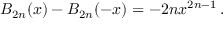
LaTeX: B _ { 2 n } ( x ) - B _ { 2 n } ( - x ) = - 2 n x ^ { 2 n - 1 } \, .